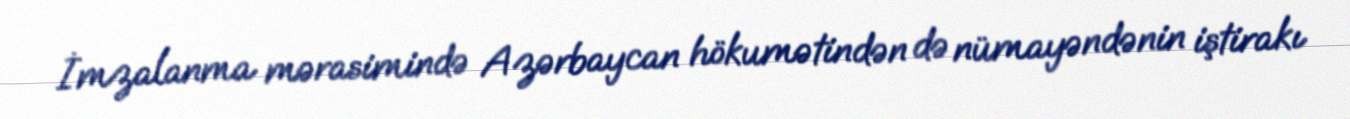
İmzalanma mərasimində Azərbaycan hökumətindən də nümayəndənin iştirakı